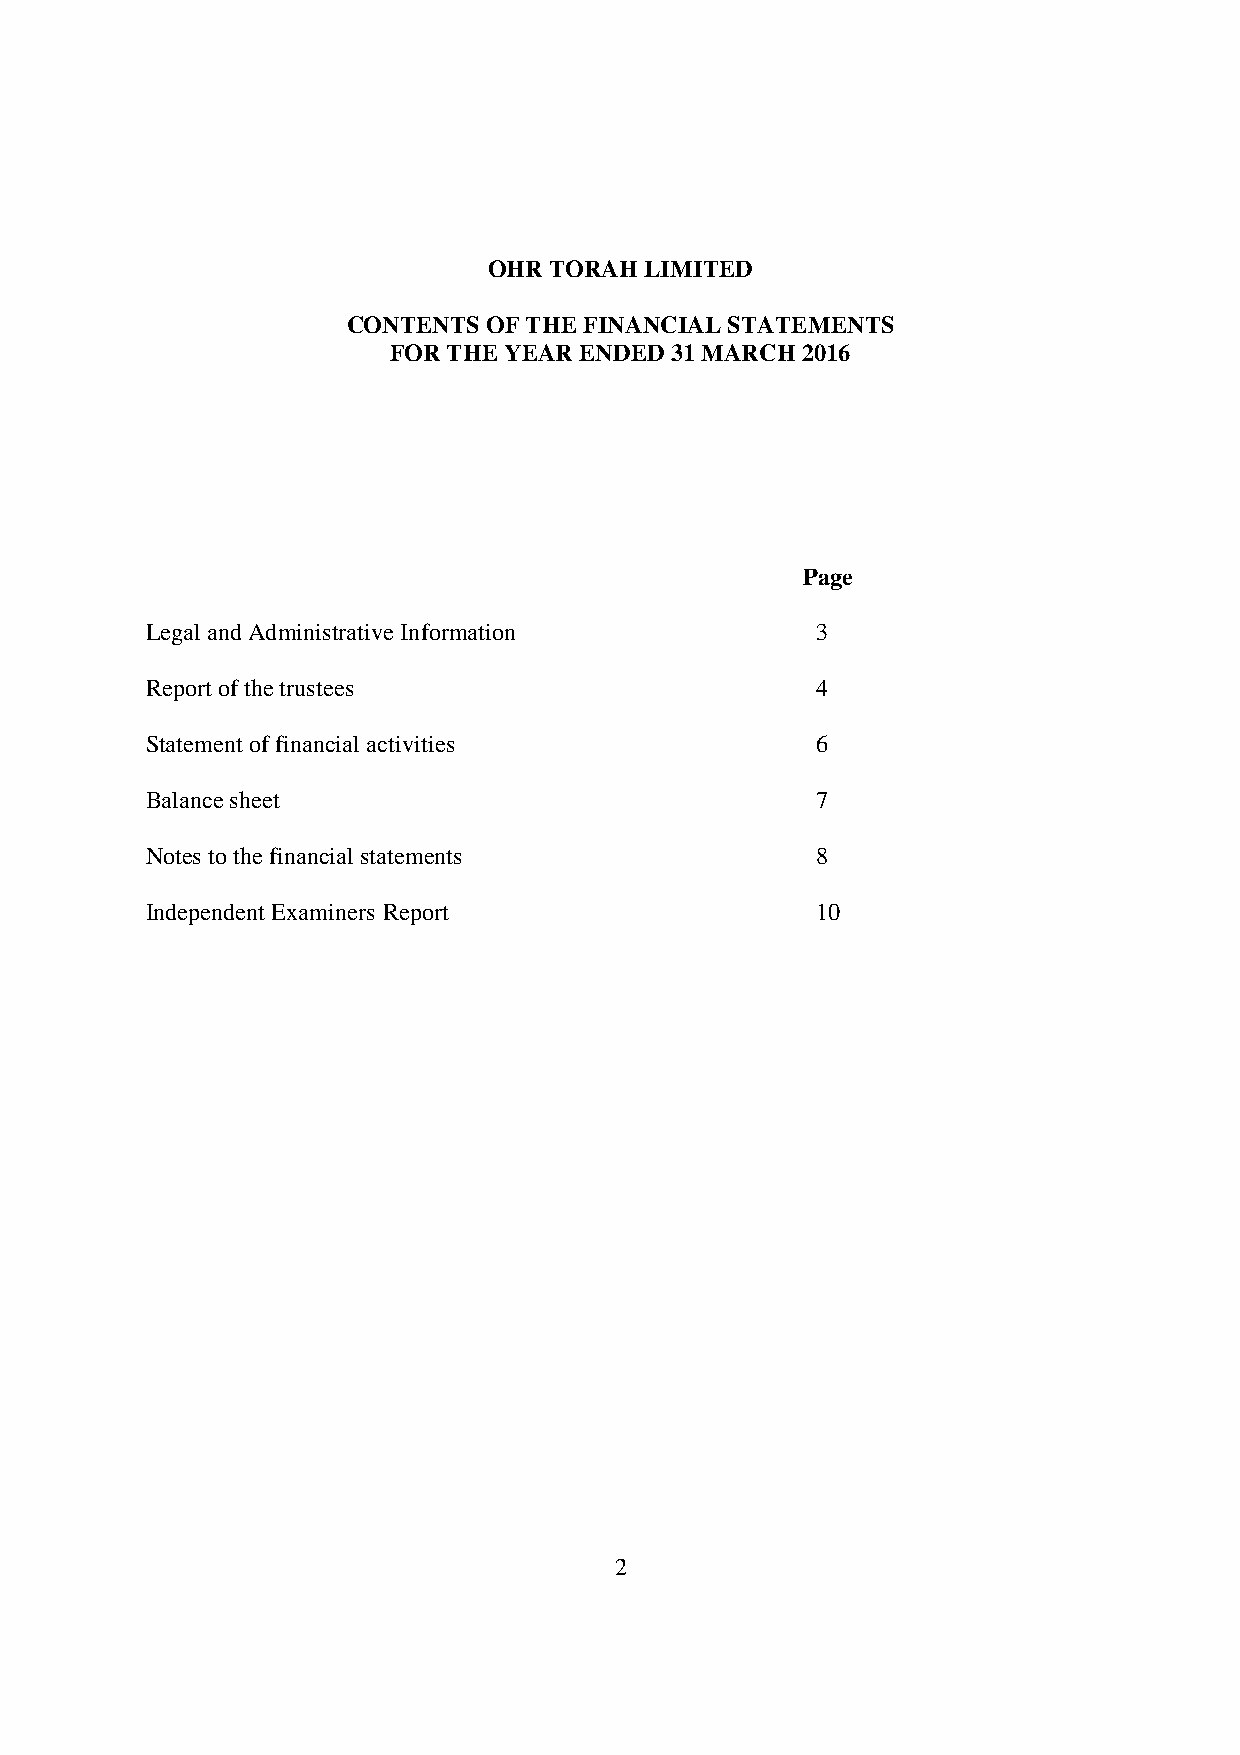
OHR TORAH  LIMITED
 CONTENTS OF THE FINANCIAL STATEMENTS
 FOR THE YEAR ENDED 31 MARCH 2016
 Page
 Legal and Administrative Information        3
 Report of the trustees                      4
 Statement of financial activities           6
 Balance sheet                               7
 Notes to the financial statements           8
 Independent Examiners Report                10
 2